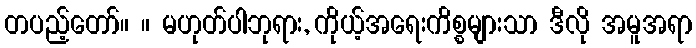
တပည့်တော်။ ။ မဟုတ်ပါဘုရား, ကိုယ့်အရေးကိစ္စများသာ ဒီလို အမူအရာ